Punjab Mental Hospital Lahore 1932-46 - 1932-1946
Year: 1932
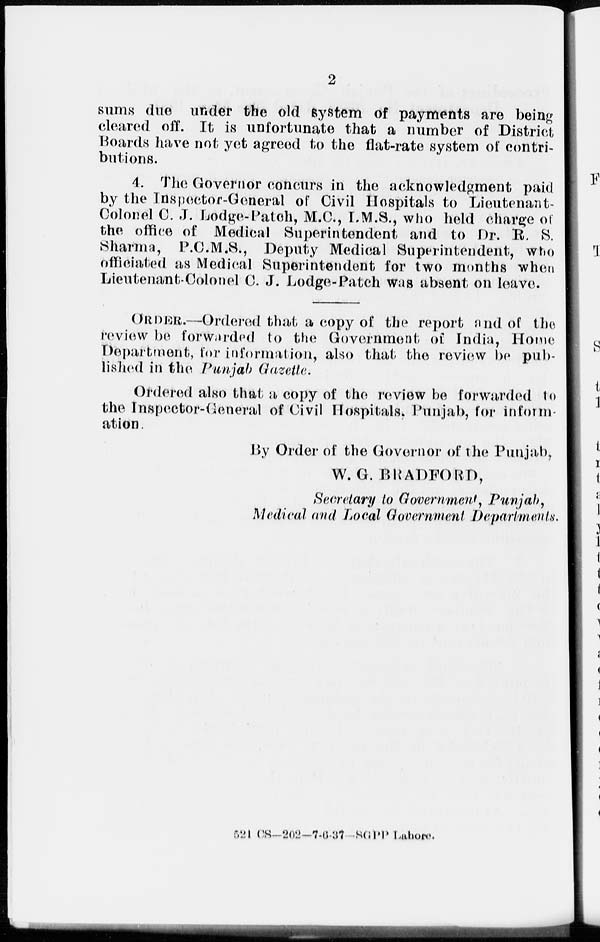
2
sums due under the old system of payments are being
cleared off. It is unfortunate that a number of District
Boards have not yet agreed to the flat-rate system of contri-
butions.
4. The Governor concurs in the acknowledgment paid
by the Inspector-General of Civil Hospitals to Lieutenant-
Colonel C. J. Lodge-Patch, M.C., I.M.S., who held charge of
the office of Medical Superintendent and to Dr. R. S.
Sharma, P.C.M.S., Deputy Medical Superintendent, who
officiated as Medical Superintendent for two months when
Lieutenant-Colonel C. J. Lodge-Patch was absent on leave.
ORDER.—Ordered that a copy of the report and of the
review be forwarded to the Government of India, Home
Department, for information, also that the review be pub-
lished in the Punjab Gazette.
Ordered also that a copy of the review be forwarded to
the Inspector-General of Civil Hospitals, Punjab, for inform-
ation.
By Order of the Governor of the Punjab,
W. G. BRADFORD,
Secretary to Government, Punjab,
Medical and Local Government Departments.
521 CS-202-7-6-37 SGPP Lahore.